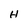
Character: H